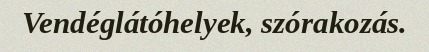
Vendéglátóhelyek, szórakozás.